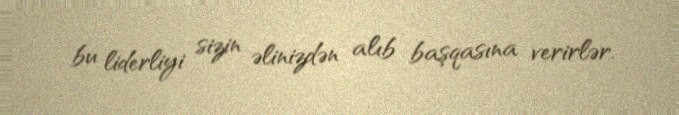
bu liderliyi sizin əlinizdən alıb başqasına verirlər.